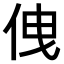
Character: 𠈐